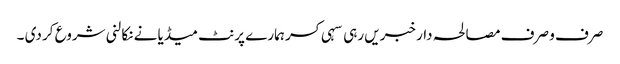
صرف و صرف مصالحہ دار خبریں رہی سہی کسر ہمارے پرنٹ میڈیا نے نکالنی شروع کر دی ۔